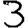
Digit: 3